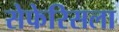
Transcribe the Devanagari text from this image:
सेफेरिसला